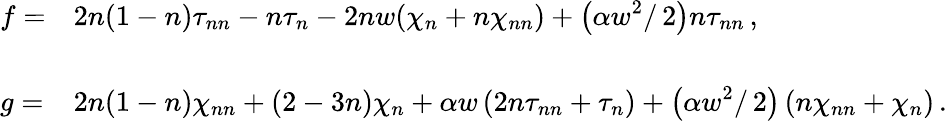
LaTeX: \begin{array}{ll}{{\displaystyle{f=}}}&{{\displaystyle{2n(1-n)\tau_{nn}-n\tau_{n}-2nw(\chi_{n}+n\chi_{nn})+\left(\alpha w^{2}/\, 2\right)n\tau_{nn}\, ,}}}\\ {{\mathrm{}}}\\ {{\displaystyle{g=}}}&{{\displaystyle{2n(1-n)\chi_{nn}+(2-3n)\chi_{n}+\alpha w\left(2n\tau_{nn}+\tau_{n}\right)+\left(\alpha w^{2}/\, 2\right)\left(n\chi_{nn}+\chi_{n}\right)\, .}}}\end{array}